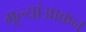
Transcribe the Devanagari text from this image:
मूल्यांआकन